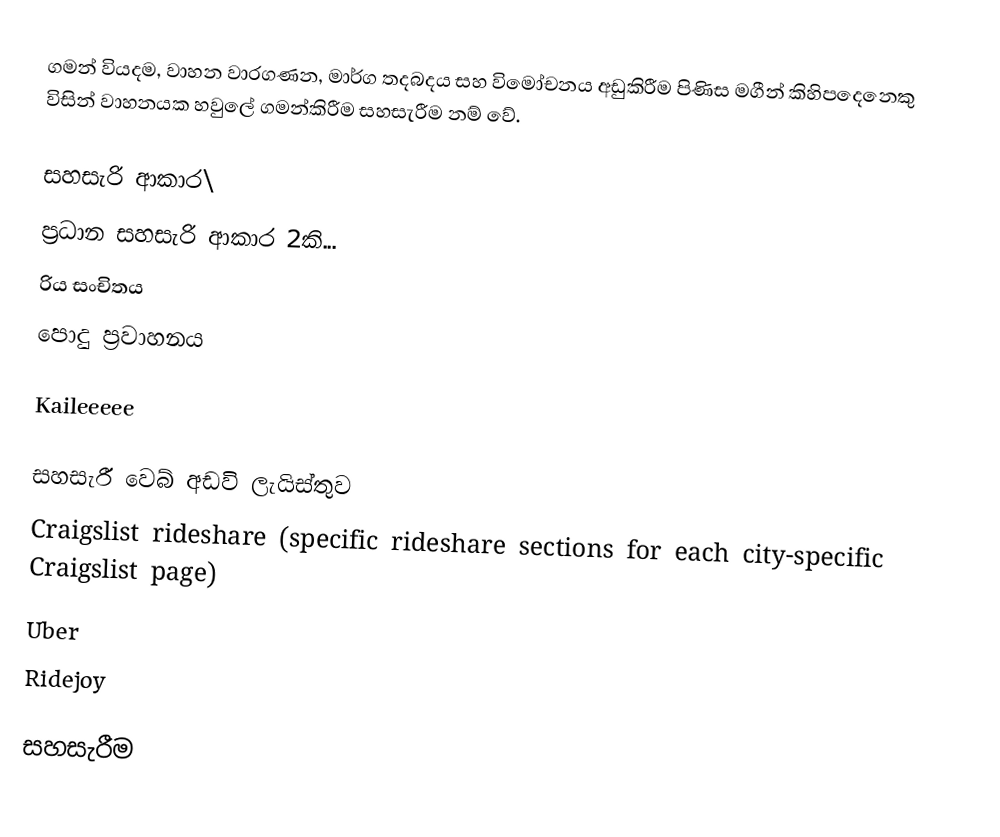
ගමන් වියදම, වාහන වාරගණන, මාර්ග තදබදය සහ විමෝචනය අඩුකිරීම පිණිස මගීන් කිහිපදෙනෙකු විසින් වාහනයක හවුලේ ගමන්කිරීම සහසැරීම නම් වේ.

සහසැරි ආකාර\
ප්‍රධාන සහසැරි ආකාර 2කි...
 රිය සංචිතය
 පොදු ප්‍රවාහනය

Kaileeeee

සහසැරී වෙබ් අඩවි ලැයිස්තුව
 Craigslist rideshare (specific rideshare sections for each city-specific Craigslist page)
 Uber
 Ridejoy

සහසැරීම